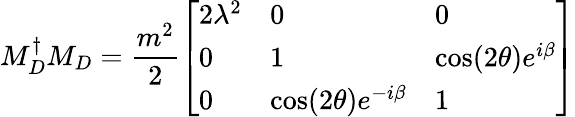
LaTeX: M_{D}^{\dagger}M_{D}=\frac{m^{2}}2\left[\begin{array}{lll}{{2\lambda^{2}}}&{{0}}&{{0}}\\ {{0}}&{{1}}&{{\cos(2\theta)e^{i\beta}}}\\ {{0}}&{{\cos(2\theta)e^{-i\beta}}}&{{1}}\end{array}\right]